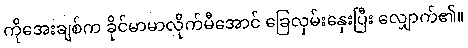
ကိုအေးချစ်က ခိုင်မာမာလိုက်မီအောင် ခြေလှမ်းနှေးပြီး လျှောက်၏။